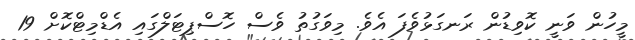
މީހުން ވަނީ ކޮވިޑުން ރަނގަޅުވެފަ އެވެ. މިވަގުތު ވެސް ހޮސްޕިޓަލްގައި އެޑްމިޓްކޮށް 19